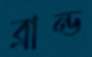
ব্রান্ড